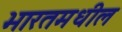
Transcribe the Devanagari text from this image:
भारतमधील